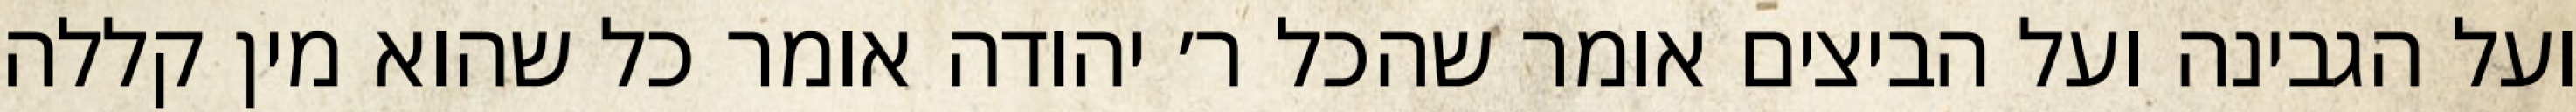
ועל הגבינה ועל הביצים אומר שהכל ר׳ יהודה אומר כל שהוא מין קללה